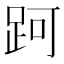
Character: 跒